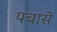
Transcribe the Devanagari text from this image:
पचासे